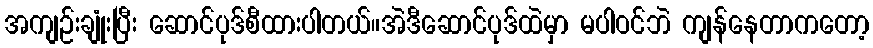
အကျဉ်းချုံးပြီး ဆောင်ပုဒ်စီထားပါတယ်။အဲဒီဆောင်ပုဒ်ထဲမှာ မပါဝင်ဘဲ ကျန်နေတာကတော့